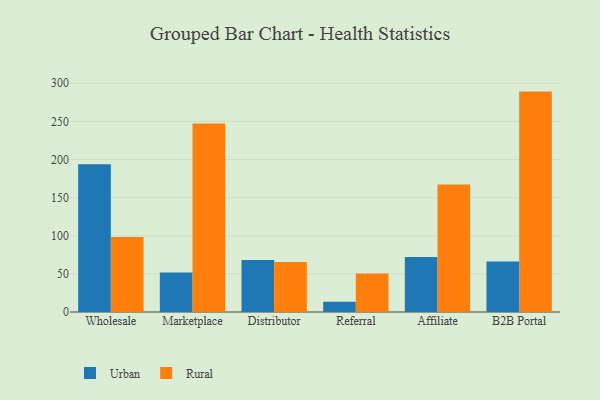
{"axis": {"x": "Channel", "y": "Demand Index"}, "legend": ["Rural", "Urban"], "data": [{"x": "Wholesale", "y": 193.9, "type": "Urban"}, {"x": "Wholesale", "y": 98.3, "type": "Rural"}, {"x": "Marketplace", "y": 51.8, "type": "Urban"}, {"x": "Marketplace", "y": 247.1, "type": "Rural"}, {"x": "Distributor", "y": 68.2, "type": "Urban"}, {"x": "Distributor", "y": 65.7, "type": "Rural"}, {"x": "Referral", "y": 13.4, "type": "Urban"}, {"x": "Referral", "y": 50.5, "type": "Rural"}, {"x": "Affiliate", "y": 72.1, "type": "Urban"}, {"x": "Affiliate", "y": 167.2, "type": "Rural"}, {"x": "B2B Portal", "y": 66.1, "type": "Urban"}, {"x": "B2B Portal", "y": 289.1, "type": "Rural"}]}